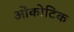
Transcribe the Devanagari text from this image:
ओंकोटिक